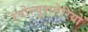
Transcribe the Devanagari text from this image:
रेवोल्यूशनेरियो